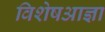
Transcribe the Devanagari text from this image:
विशेषआज्ञा